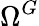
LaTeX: \Omega^{G}